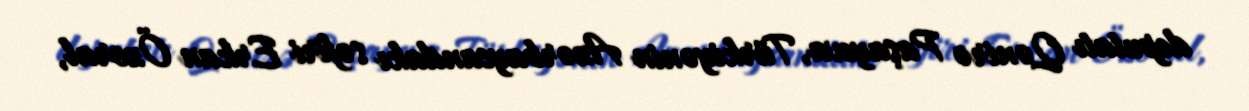
deputatı Qənirə Paşayeva, Türkiyənin Azərbaycandakı səfiri Erkan Özoral,